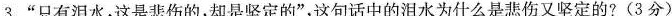
3.”只有泪水，这是悲伤的，却是坚定的”，这句话中的泪水为什么是悲伤又坚定的?(3分)